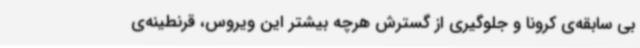
بی سابقه‌ی کرونا و جلوگیری از گسترش هرچه بیشتر این ویروس، قرنطینه‌ی